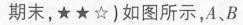
期末，★★☆)如图所示，A、B